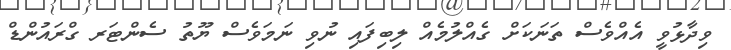
ވިދާޅުވީ އެއްވެސް ތަނަކަށް ގެއްލުމެއް ލިބިފައި ނުވި ނަމަވެސް ޔޫތު ސެންޓަރ ގްރައުންޑް